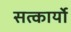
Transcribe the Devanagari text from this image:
सत्कार्यो